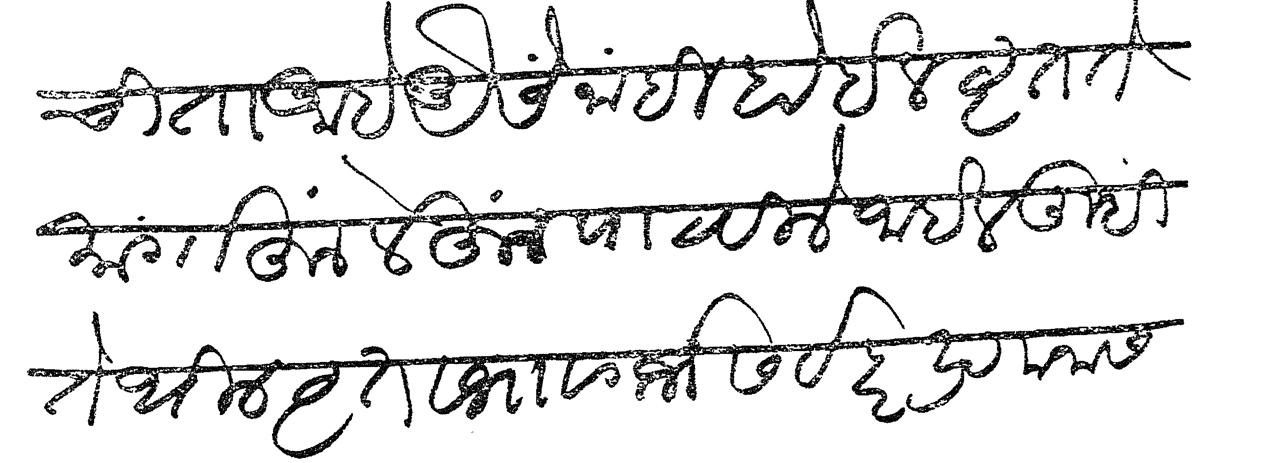
Transliteration (Devanagari): चिता आहे ऐसे नाहीं होईल वृत्त तें मागाहून लेहून पाठविलें जाईल तुम्ही तेथील वृत्त व भावगर्भ सर्व हरद्र मनास